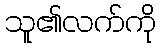
သူ၏လက်ကို